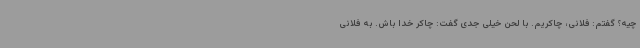
چیه؟ گفتم: فلانی، چاکریم. با لحن خیلی جدی گفت: چاکر خدا باش. به فلانی